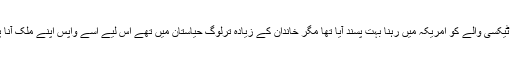
اس ٹیکسی والے کو امریکہ میں رہنا بہت پسند آیا تھا مگر خاندان کے زیادہ ترلوگ حیاستان میں تھے اس لیے اسے واپس اپنے ملک آنا پڑا۔